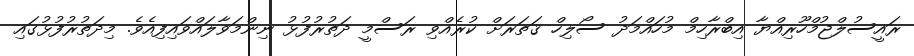
ރައީސުލްޖުމްހޫރިއްޔާ އިބްރާހިމް މުހައްމަދު ސޯލިހް ޤަތަރަށް ކުރެއްވި ރަސްމީ ދަތުރުފުޅު ނިންމަވާލައްވައިފިއެވެ. މިދަތުރުފުޅުގައި